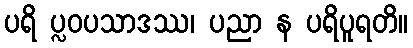
ပရိ ပ္လဝပသာဒဿ၊ ပညာ န ပရိပူရတိ။